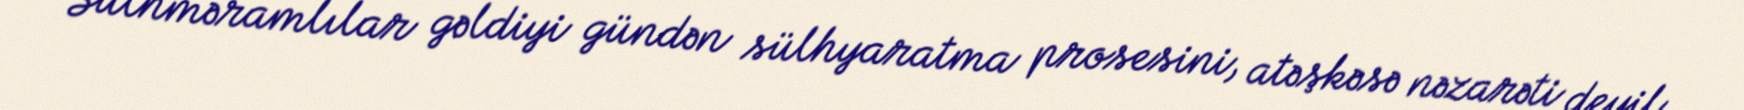
Sülhməramlılar gəldiyi gündən sülhyaratma prosesini, atəşkəsə nəzarəti deyil,